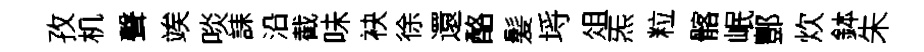
孜机聲竢啖誄沿截味袂徐還酪髪埓俎炁粒髂岷酆炊鉢朱